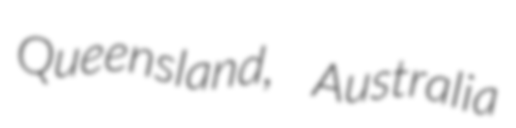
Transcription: Queensland, Australia